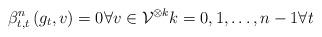
LaTeX: \begin{align*}\beta _{t,t}^{n}\left( g_{t},v\right) =0\forall v\in \mathcal{V}^{\otimes k}k=0,1,\dots ,n-1\forall t\end{align*}